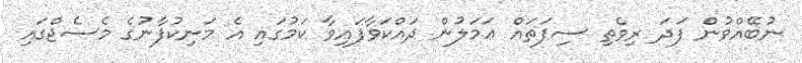
ނުބޭއްވުން ފަދަ ރިވެތި ސިފަތައް ޢަމަލުން ދައްކަވާފައިވާ ކަމުގައި އެ މަނިކުފާނުގެ މެސެޖްގައި